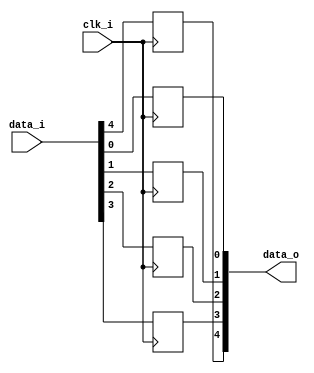
module bsg_dff_width_p5_harden_p0_strength_p4
(
  clk_i,
  data_i,
  data_o
);

  input [4:0] data_i;
  output [4:0] data_o;
  input clk_i;
  wire [4:0] data_o;
  reg data_o_4_sv2v_reg,data_o_3_sv2v_reg,data_o_2_sv2v_reg,data_o_1_sv2v_reg,
  data_o_0_sv2v_reg;
  assign data_o[4] = data_o_4_sv2v_reg;
  assign data_o[3] = data_o_3_sv2v_reg;
  assign data_o[2] = data_o_2_sv2v_reg;
  assign data_o[1] = data_o_1_sv2v_reg;
  assign data_o[0] = data_o_0_sv2v_reg;

  always @(posedge clk_i) begin
    if(1'b1) begin
      data_o_4_sv2v_reg <= data_i[4];
    end 
  end


  always @(posedge clk_i) begin
    if(1'b1) begin
      data_o_3_sv2v_reg <= data_i[3];
    end 
  end


  always @(posedge clk_i) begin
    if(1'b1) begin
      data_o_2_sv2v_reg <= data_i[2];
    end 
  end


  always @(posedge clk_i) begin
    if(1'b1) begin
      data_o_1_sv2v_reg <= data_i[1];
    end 
  end


  always @(posedge clk_i) begin
    if(1'b1) begin
      data_o_0_sv2v_reg <= data_i[0];
    end 
  end


endmodule